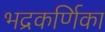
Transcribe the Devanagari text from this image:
भद्रकर्णिका